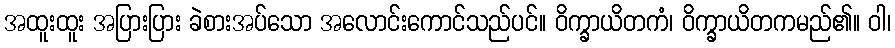
အထူးထူး အပြားပြား ခဲစားအပ်သော အလောင်းကောင်သည်ပင်။ ဝိက္ခာယိတကံ၊ ဝိက္ခာယိတကမည်၏။ ဝါ၊